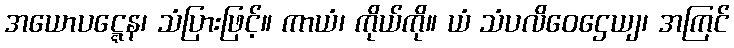
အယောပဋ္ဋေန၊ သံပြားဖြင့်။ ကာယံ၊ ကိုယ်ကို။ ယံ သံပလိဝေဌေယျ၊ အကြင်